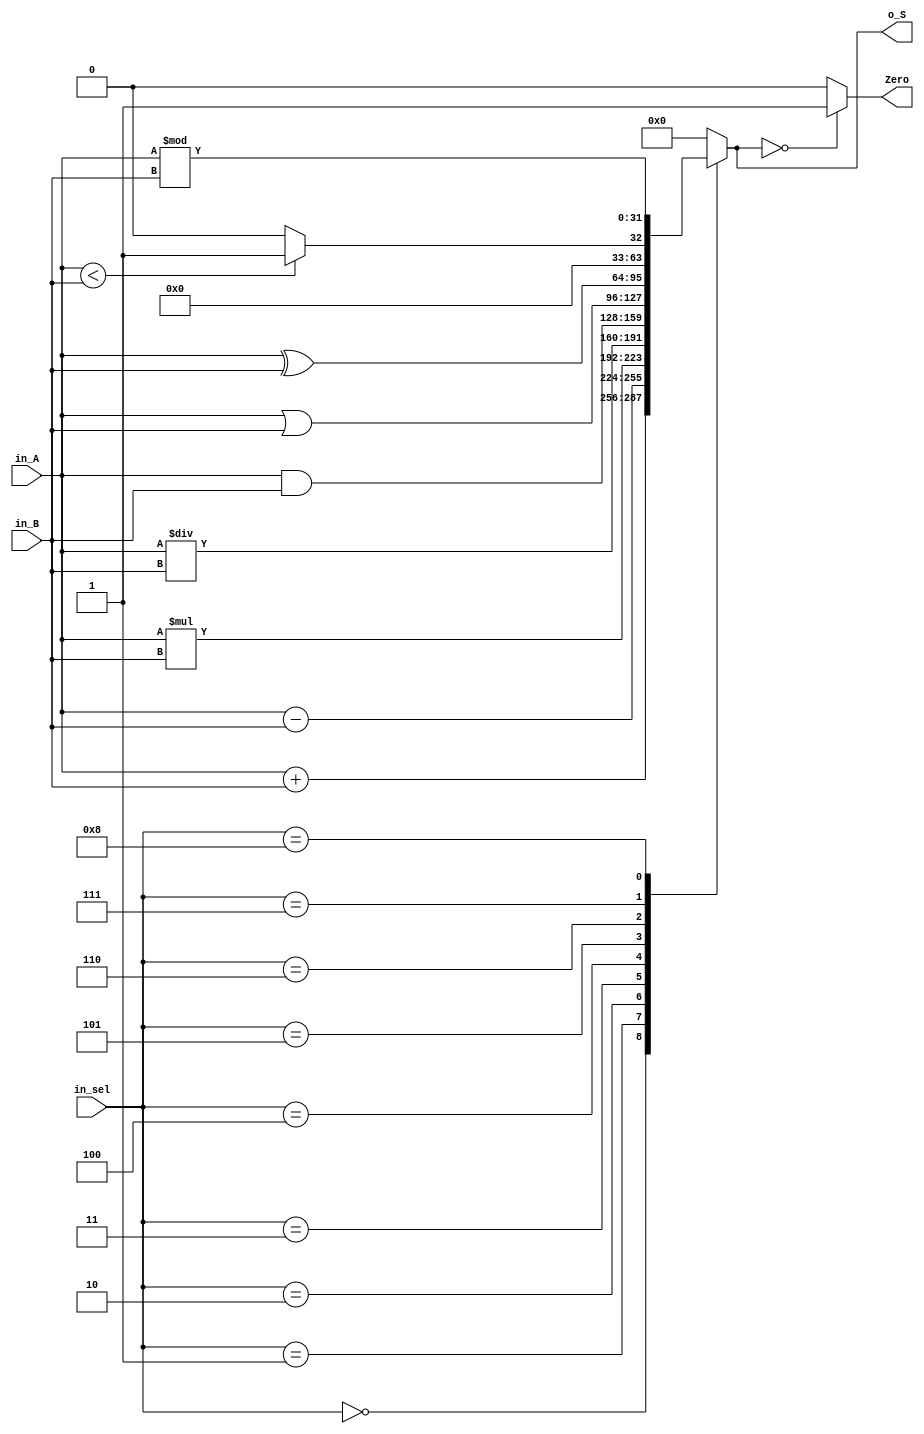
`timescale 1ns /1ps
module ALU
(
	input [31:0]in_A,in_B,
	input [3:0]in_sel,
	output [31:0]o_S,
	output reg Zero
);

reg [31:0] o_resul;
assign o_S =o_resul;  // aqui se enviara el valor de la funcion elegida

always @ (*)
begin	
case(in_sel)
	4'b0000:o_resul= in_A+in_B; // suma
	4'b0001:o_resul= in_A-in_B; // resta
	4'b0010:o_resul= in_A*in_B; // multiplicacion
	4'b0011:o_resul= in_A/in_B; // division
	4'b0100:o_resul= in_A&in_B; // and
	4'b0101:o_resul= in_A|in_B; // or
	4'b0110:o_resul= in_A^in_B; // xor
	4'b0111:
	begin
		if(in_A<in_B)//Set on less than
		begin
			o_resul=1;
		end
		else o_resul=0;
	end
	4'b1000:o_resul= in_A%in_B;//mod
	default: o_resul= 0; 
endcase
end
always@(o_resul) begin
	if(o_resul==0)Zero=1;
	else Zero=0;
end
endmodule